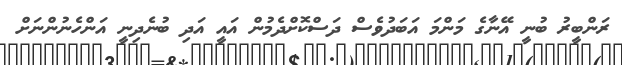
ރަންބީރު ބުނީ އޭނާގެ މަންމަ އަބަދުވެސް ދަސްކޮށްދެމުން އައީ އަދި ބުނެދިނީ އަންހެނުންނަށް